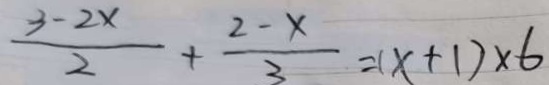
\frac { 3 - 2 x } { 2 } + \frac { 2 - x } { 3 } = ( x + 1 ) \times 6